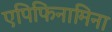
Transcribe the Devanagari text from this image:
एपिफिनामिना